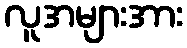
လူအများအား